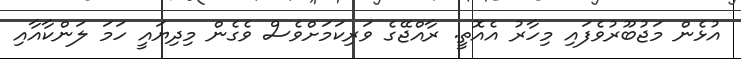
އުޅެން މަޖުބޫރުވެފައި މިހާރު އެއޮތީ. ރާއްޖޭގެ ވަރިކަމަށްވެސް ވެގެން މިދިޔައީ ހަމަ ލަންކާއާއި